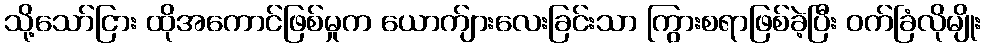
သို့သော်ငြား ထိုအကောင်ဖြစ်မှုက ယောက်ျားလေးခြင်းသာ ကြွားစရာဖြစ်ခဲ့ပြီး ဝက်ခြံလိုမျိုး